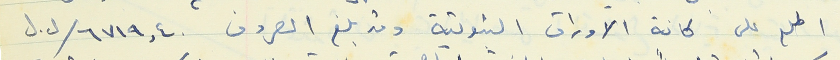
اطلع على كافة الاوراق الثبوتية وقد بلغ المصروف ٦٧١٩,٤٠ /ل.ل